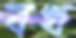
বখ